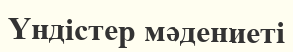
Үндістер мәдениеті